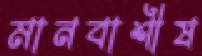
মানবাশীষ